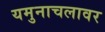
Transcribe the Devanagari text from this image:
यमुनाचलावर